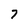
Character: 7